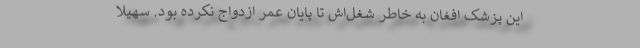
این پزشک افغان به خاطر شغل‌اش تا پایان عمر ازدواج نکرده بود. سهیلا